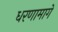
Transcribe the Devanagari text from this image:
धरणामागे